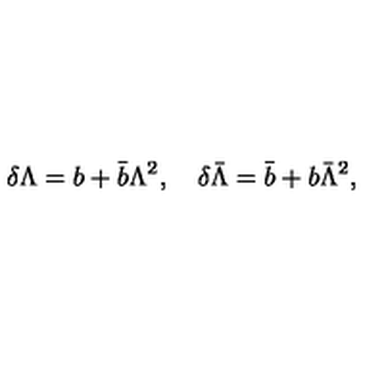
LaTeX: \delta \Lambda = b + \bar { b } \Lambda ^ { 2 } , \quad \delta \bar { \Lambda } = \bar { b } + b \bar { \Lambda } ^ { 2 } ,